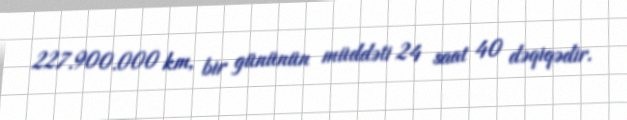
227.900.000 km, bir gününün müddəti 24 saat 40 dəqiqədir.